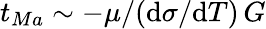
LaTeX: t_{Ma}\sim-\mu/(\mathrm{d}\sigma/\mathrm{d}T)\, G